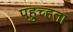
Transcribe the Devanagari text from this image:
पहुच्हता